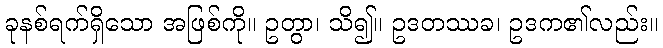
ခုနစ်ရက်ရှိသော အဖြစ်ကို။ ဥတွာ၊ သိ၍။ ဥဒတဿခ၊ ဥဒက၏လည်း။